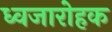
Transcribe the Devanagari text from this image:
ध्वजारोहक